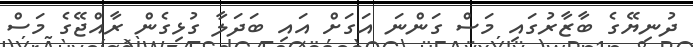
ދުނިޔޭގެ ބާޒާރުގައި މަސް ގަންނަ އަގަށް އައި ބަދަލާ ގުޅިގެން ރާއްޖޭގެ މަސް